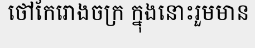
ថៅកែរោងចក្រ ក្នុងនោះរួមមាន